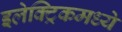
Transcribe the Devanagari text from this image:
इलेक्ट्रिकमध्ये